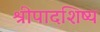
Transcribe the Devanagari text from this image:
श्रीपादशिष्य